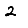
Digit: 2